Tezpur Lunatic Asylum reports 1877-1894 - 1877-1894
Year: 1877
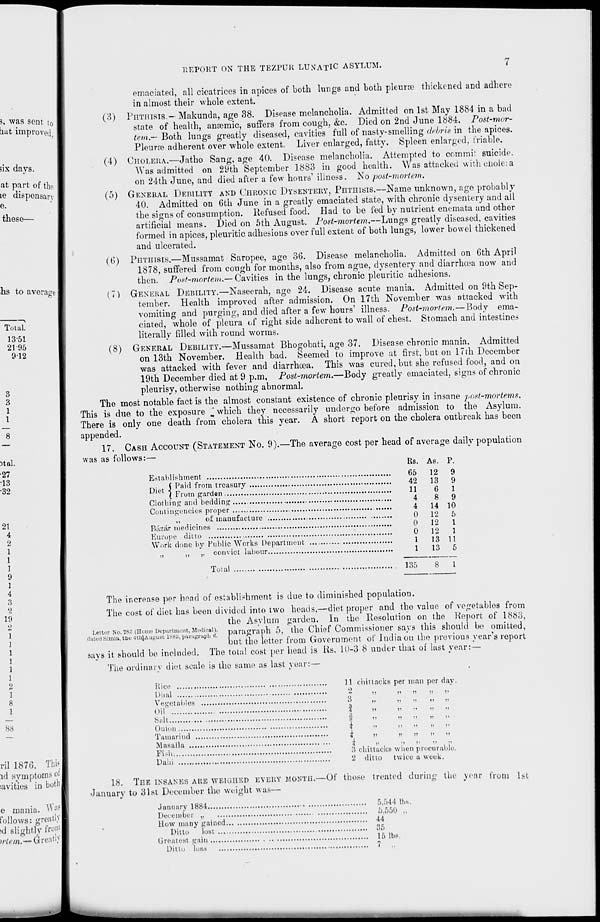
REPORT ON THE TEZPUR LUNATIC ASYLUM.
3, was sent to
but improved
six days.
at part of tho
le dispensary
e.
these—
>hs to average
Total.
1351
2195
912
3
3
1
1
Hal.
■27
•13
•32
21
4
2
1
1
1
9
1
4
3
2
19
2
1
1
1
]
1
1
2
1
8
1
88
ril 1876. Thi»
id symptoms ot
lavities in both j
e mania. W ;1?
follows: greatly
>d slightly froml
Yrtem,—Greatly
emaciated, all cicatrices in apices of both lungs and both pleura? thickened and adhere
in almost their whole extent.
(3) PHTHISIS.-Makunda, age 38. Disease melancholia. Admitted on 1st May 1884 in a bad
state of health, anaemic, suffers from cough, &c. Died on 2nd June 1884. Post-mor-
tem.— Both lungs greatly diseased, cavities full of nasty-smelling debris in the apices.
Pleura? adherent over whole extent. Liver enlarged, fatty. Spleen enlarged, triable.
(4) CHOLERA.—Jatho Sang, age 40. Disease melancholia. Attempted to commit suicide.
Was admitted on 29th September 1883 in good health. Was attacked with choleia
on 24th June, and died after a few hours' illness. No post-mortem.
(5) GENERAL DEBILITY AND CHRONIC DYSENTERY, PHTHISIS.—Name unknown, age probably
40. Admitted on 6th June in a greatly emaciated state, with chronic dysentery and all
the signs of consumption. Refused food. Had to be fed by nutrient enemata and other
artificial means. Died on 5th August. Post-mortem.—Lungs greatly diseased, cavities
formed in apices, pleuritic adhesions over full extent of both lungs, lower bowel thickened
and ulcerated.
(6) PHTHISIS.—Mussamat Saropee, age 36. Disease melancholia. Admitted on 6th April
1878, suffered from cough for months, also from ague, dysentery and diarrhoea now and
then. Post-mortem.— Cavities in the lungs, chronic pleuritic adhesions.
(7) GENERAL DEBILITY.—Naseerah, age 24. Disease acute mania. Admitted on 9th Sep-
tember. Health improved after admission. On 17th November was attacked with
vomiting and purging, and died after a few hours' illness. Post-mortem.—Body ema-
ciated, whole of pleura of right side adherent to wall of chest. Stomach and intestines
literally filled with round worms.
(8) GENERAL DEBILITY.—Mussamat Bhogobati, age 37. Disease chronic mania. Admitted
on 13th November. Health bad. Seemed to improve at first, but on Nth December
was attacked with fever and diarrhoea. This was cured, but she refused food, and on
19th December died at 9 p.m, Post-mortem.—Body greatly emaciated, signs of chronic
pleurisy, otherwise nothing abnormal.
Tho most notable fact is the almost constant existence of chronic pleurisy in insane post-mortems.
This is due to the exposure m which they necessarily undergo before admission to the Asylum.
There is only one death from cholera this year. A short report on the cholera outbreak has been
appended.
17. CASH ACCOUNT (STATEMENT NO. 9).—The average cost per head of average daily population
was as follows:—
Establishment
j-.. ( Paid from treasury
ie ( From garden
Clothing and bedding
Contingencies proper
,,
of manufacture
Bazar medicines
Europe ditto
Work done by Public Works Department
,,
„ „ convict labour
Total
The increase per head of establishment is due to diminished population.
The cost of diet has been divided into two heads.—diet proper and tho value of vegetables from
the Asylum garden. In the Resolution on the Report of 1883,
Letter No. 288 (Home Department, Medical), paragraphs, the Chief Commissioner savs this should be omitted,
dated Simla, the 4thlAuguBt 1888, paragraph 6.
r
« f
'
•
.
,
'
but the letter from boverument ot India on tbe previous years report
says it, should be included. The total cost per head is Rs. 10-3 8 under that of last year:—
The ordinary diet scale is the same as last year:—
Rice
11 chittacks per man per day.
Dhal
2
,,
„ „
„ „
Vegetables
B
„
„ „
,, „
t-UI
5
"
Jl
ii
l>
ii
v.,If
ii
°, lu
3
I)
')
II
it
|i
Onion
i
„
„ „
„ „
Tamarind
±
„
„ „ „ „
Masalla
%
,.
„ ,, „ „
Fi-h
3 chittacks when procurable.
Daln
2 ditto twice a week.
18. TnE INSANES ARE WEIGIIED EVERY MONTH.—Of those treated during the year from 1st
•January to 31st December the weight was—
January 1884
5,544 tbs.
December „
5,550 ,,
How many gained
44
Ditto
lost
35
Greatest gain
15 lbs.
Ditto loss
7
Rs. As. P.
65 12 9
42 13 9
11
6 1
4
8 9
4 14 10
0 12 5
0 12 1
0 12 1
1 13 11
1 13 5
135
8 1